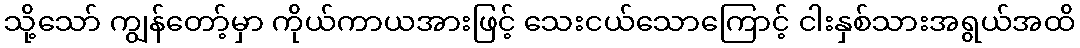
သို့သော် ကျွန်တော့်မှာ ကိုယ်ကာယအားဖြင့် သေးငယ်သောကြောင့် ငါးနှစ်သားအရွယ်အထိ